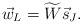
LaTeX: \begin{align*}\vec{w}_L = \widetilde{W} \vec{s}_J.\end{align*}